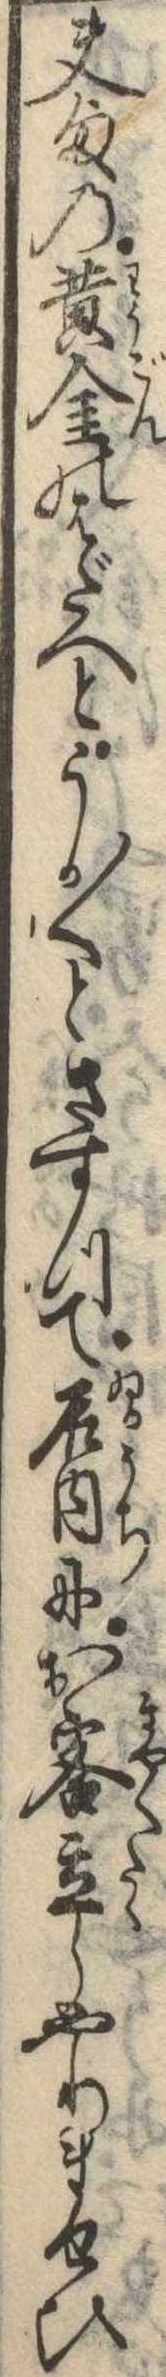
夫の黄金のはだへとうか〱とさすつて居内にお客立しやりませひ